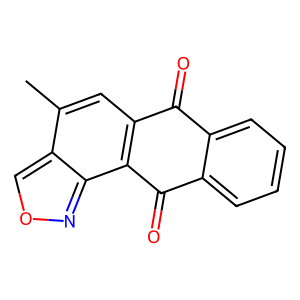
SMILES: Cc1cc2c(c3nocc13)C(=O)c1ccccc1C2=O
Inhibits HIV replication: No